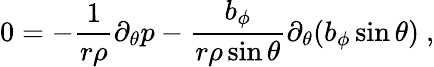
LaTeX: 0=-\frac{1}{r\rho}\partial_{\theta}p-\frac{b_{\phi}}{r\rho\sin\theta}\partial_{\theta}(b_{\phi}\sin\theta)\ ,